Annual administration report of the Civil Veterinary Department, Sind - 1938-1939
Year: 1938
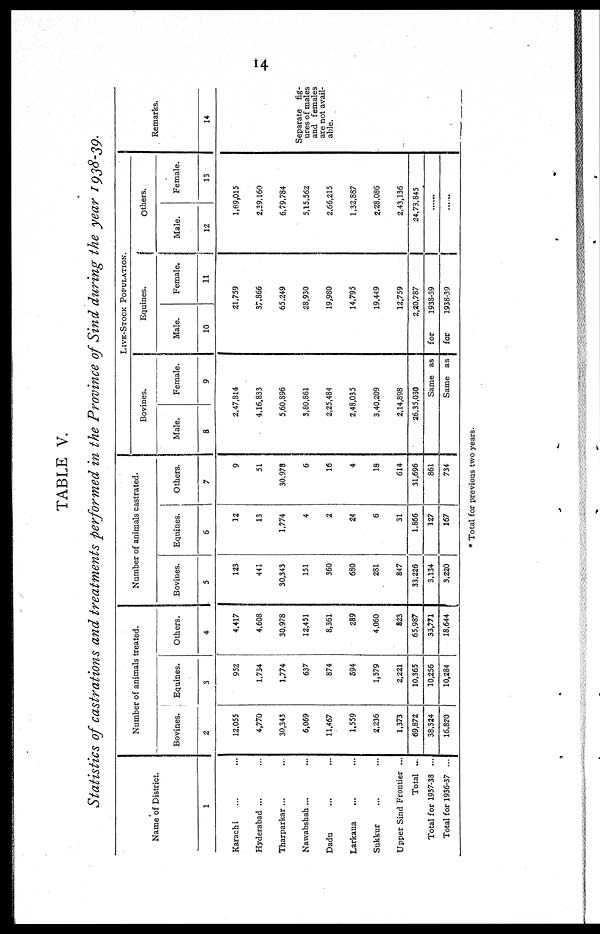
14
TABLE V.
Statistics of castrations and treatments performed in the Province of Sind during the year 1938-39.
Name of District.
1
Karachi ... ...
Hyderabad ...
Tharparkar ... ...
Nawabshah ...
...
Dadu ... ...
Larkana ... ...
Sukkur ... ...
Upper Sind Frontier ...
Total ...
Total for 1937-38 ...
Total for 1936-37 ...
Number of animals treated.
Bovines.
2
12,055
4,770
30,343
6,069
11,467
1,559
2,236
1,373
69,872
38,324
16,820
Equines.
3
952
1,734
1,774
637
874
394
1,579
2,221
10,365
10,256
10.284
Others.
4
4,417
4,608
30,978
12,451
8,361
289
4,060
823
65,987
33,771
18,644
Number of animals castrated.
Bovines.
5
123
441
30,343
151
360
680
281
847
33,226
3,134
3,220
Equines.
6
12
13
1,774
4
2
24
6
31
1,866
127
167
Others.
7
9
51
30,978
6
16
4
18
614
31,696
861
734
LIVE-STOCK POPULATION.
Bovines.
Male.
8
Female.
9
2,47,814
4,16,833
5,60,896
380,861
2,25,484
2,48,035
3,40,209
2,14,898
26,35,030
Equines.
Male.
10
Female.
11
21,759
37,866
65,249
28,930
19,980
14,795
19,449
12,759
2,20,787
Same as
for
1938-39
Same as
for
1938-39
Others.
Male.
12
Female.
13
1,69,015
2,39,160
6,79,784
5,15,562
2,66,215
1,32,887
2,28,086
2,43,136
24,73,845
......
......
Remarks.
14
Separate fig-
ures of males
and females
are not avail-
able.
* Total for previous two years.